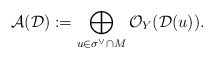
\begin{align*} \mathcal{A}(\mathcal{D}) :=\bigoplus_{u\in \sigma^\vee \cap M}\mathcal{O}_Y(\mathcal{D}(u)).\end{align*}